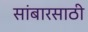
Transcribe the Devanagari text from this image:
सांबारसाठी